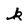
Character: k